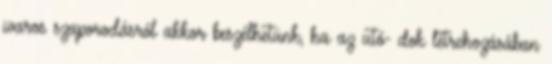
ivaros szaporodásról akkor beszélhetünk, ha az utó- dok létrehozásában